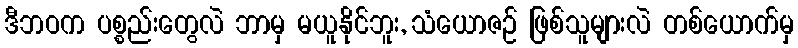
ဒီဘဝက ပစ္စည်းတွေလဲ ဘာမှ မယူနိုင်ဘူး, သံယောဇဉ် ဖြစ်သူများလဲ တစ်ယောက်မှ